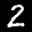
Label: 2